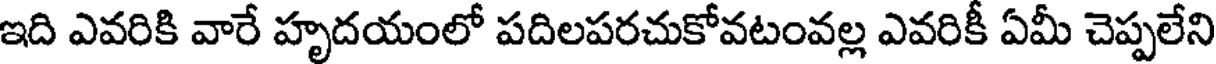
ఇది ఎవరికి వారే హృదయంలో పదిలపరచుకోవటంవల్ల ఎవరికీ ఏమీ చెప్పలేని